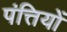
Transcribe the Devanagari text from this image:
पंत्तियों